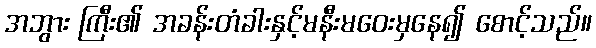
အဘွား ကြီး၏ အခန်းတံခါးနှင့်မနီးမဝေးမှနေ၍ စောင့်သည်။